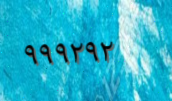
٩٩٩٢٩٢